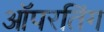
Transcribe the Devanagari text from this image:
ऑपरतिंग